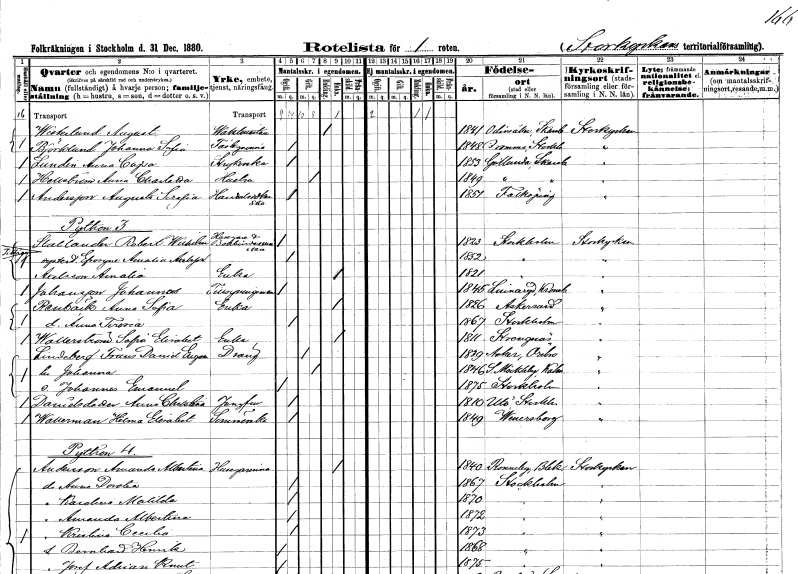
gt_parse: households: individuals: FN: August
EN: Westerlund
YRKE: Vaktmästare
KON: M
CIV: E
FODAR: 1841
FODFORS: Odensåker Skaraborgs län
FN: Johanna Sofia
EN: Björklund
KON: K
CIV: O
FODAR: 1848
FODFORS: Bromma Stockholms län
FN: Anna Cajsa
EN: Lundin
YRKE: Strykerska
KON: K
CIV: O
FODAR: 1853
FODFORS: Götlunda Skaraborgs län
FN: Anna Charlotta
EN: Hellström
YRKE: Hustru
KON: K
CIV: G
FODAR: 1849
FODFORS: Götlunda Skaraborgs län
FN: Augusta Serafia
EN: Andersson
YRKE: Handelsidkerska
KON: K
CIV: O
FODAR: 1851
FODFORS: Falköping Skaraborgs län
FN: Robert Wilhelm
EN: Statlander
YRKE: Husägare Bokbinderiarbetare
KON: M
CIV: O
FODAR: 1823
FODFORS: Stockholm
FN: Efrosyne Amalia
EN: Axelsson
KON: K
CIV: O
FODAR: 1852
FODFORS: Stockholm
FN: Amalia
EN: Axelsson
YRKE: Änka
KON: K
CIV: E
FODAR: 1821
FODFORS: Stockholm
FN: Johannes
EN: Johansson
YRKE: Tillsyningsman
KON: M
CIV: O
FODAR: 1845
FODFORS: Linneryd Kronobergs län
FN: Anna Sofia
EN: Renbäck
YRKE: Änka
KON: K
CIV: E
FODAR: 1826
FODFORS: Askersund Örebro län
FN: Anna Teresia
KON: K
CIV: O
FODAR: 1867
FODFORS: Stockholm
FN: Sofia Elisabet
EN: Wallerström
YRKE: Änka
KON: K
CIV: E
FODAR: 1811
FODFORS: Strängnäs Södermanlands län
FN: Frans Daniel Eugen
EN: Lindeberg
YRKE: Dräng
KON: M
CIV: G
FODAR: 1839
FODFORS: Asker Örebro län
FN: Johanna
KON: K
CIV: G
FODAR: 1846
FODFORS: Södra Möckleby Kalmar län
FN: Johannes Emanuel
KON: M
CIV: O
FODAR: 1875
FODFORS: Stockholm
FN: Anna Christina
EN: Danielsdotter
YRKE: Jungfru
KON: K
CIV: O
FODAR: 1810
FODFORS: Utö Stockholms län
FN: Helena Elisabet
EN: Wallerman
YRKE: Sömmerska
KON: K
CIV: O
FODAR: 1849
FODFORS: Vänersborg Älvsborgs län
FN: Amanda Albertina
EN: Andersson
YRKE: Husägarinna
KON: K
CIV: E
FODAR: 1840
FODFORS: Ronneby Blekinge län
FN: Anna Dorotea
KON: K
CIV: O
FODAR: 1867
FODFORS: Stockholm
FN: Karolina Matilda
KON: K
CIV: O
FODAR: 1870
FODFORS: Stockholm
FN: Amanda Albertina
KON: K
CIV: O
FODAR: 1872
FODFORS: Stockholm